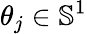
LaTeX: \theta_{j}\in\mathbb S^{1}